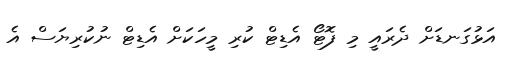
އަޅުގަނޑަށް ދެރައީ މި ފޮޓޯ އެޑިޓް ކުރި މީހަކަށް އެޑިޓް ނުކުރިޔަސް އެ